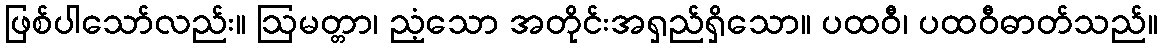
ဖြစ်ပါသော်လည်း။ ဩမတ္တာ၊ ညံ့သော အတိုင်းအရှည်ရှိသော။ ပထဝီ၊ ပထဝီဓာတ်သည်။